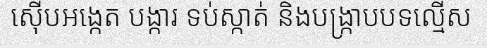
ស៊ើបអង្កេត បង្ការ ទប់ស្កាត់ និងបង្ក្រាបបទល្មើស